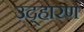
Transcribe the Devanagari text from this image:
उद्हारण